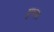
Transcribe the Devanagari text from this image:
सुमनाः